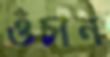
ওঁচান